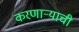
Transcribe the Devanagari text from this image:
करणार्‍याची